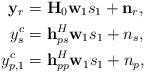
LaTeX: \begin{align*}\mathbf{y}_r&=\mathbf{H}_0\mathbf{w}_1{s}_1+\mathbf{n}_r,\\y_s^c&=\mathbf{h}_{ps}^H\mathbf{w}_1{s}_1+n_s,\\y_{p,1}^c&=\mathbf{h}_{pp}^H\mathbf{w}_1{s}_1+n_p,\end{align*}